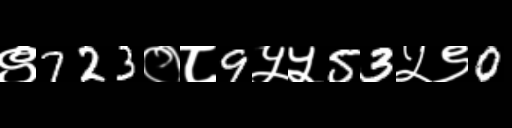
Text: ९723०८9५५53५९0